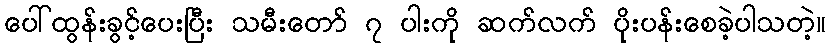
ပေါ်ထွန်းခွင့်ပေးပြီး သမီးတော် ၇ ပါးကို ဆက်လက် ပိုးပန်းစေခဲ့ပါသတဲ့။